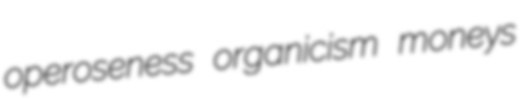
operoseness organicism moneys